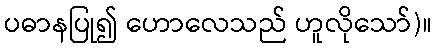
ပဓာနပြု၍ ဟောလေသည် ဟူလိုသော်)။